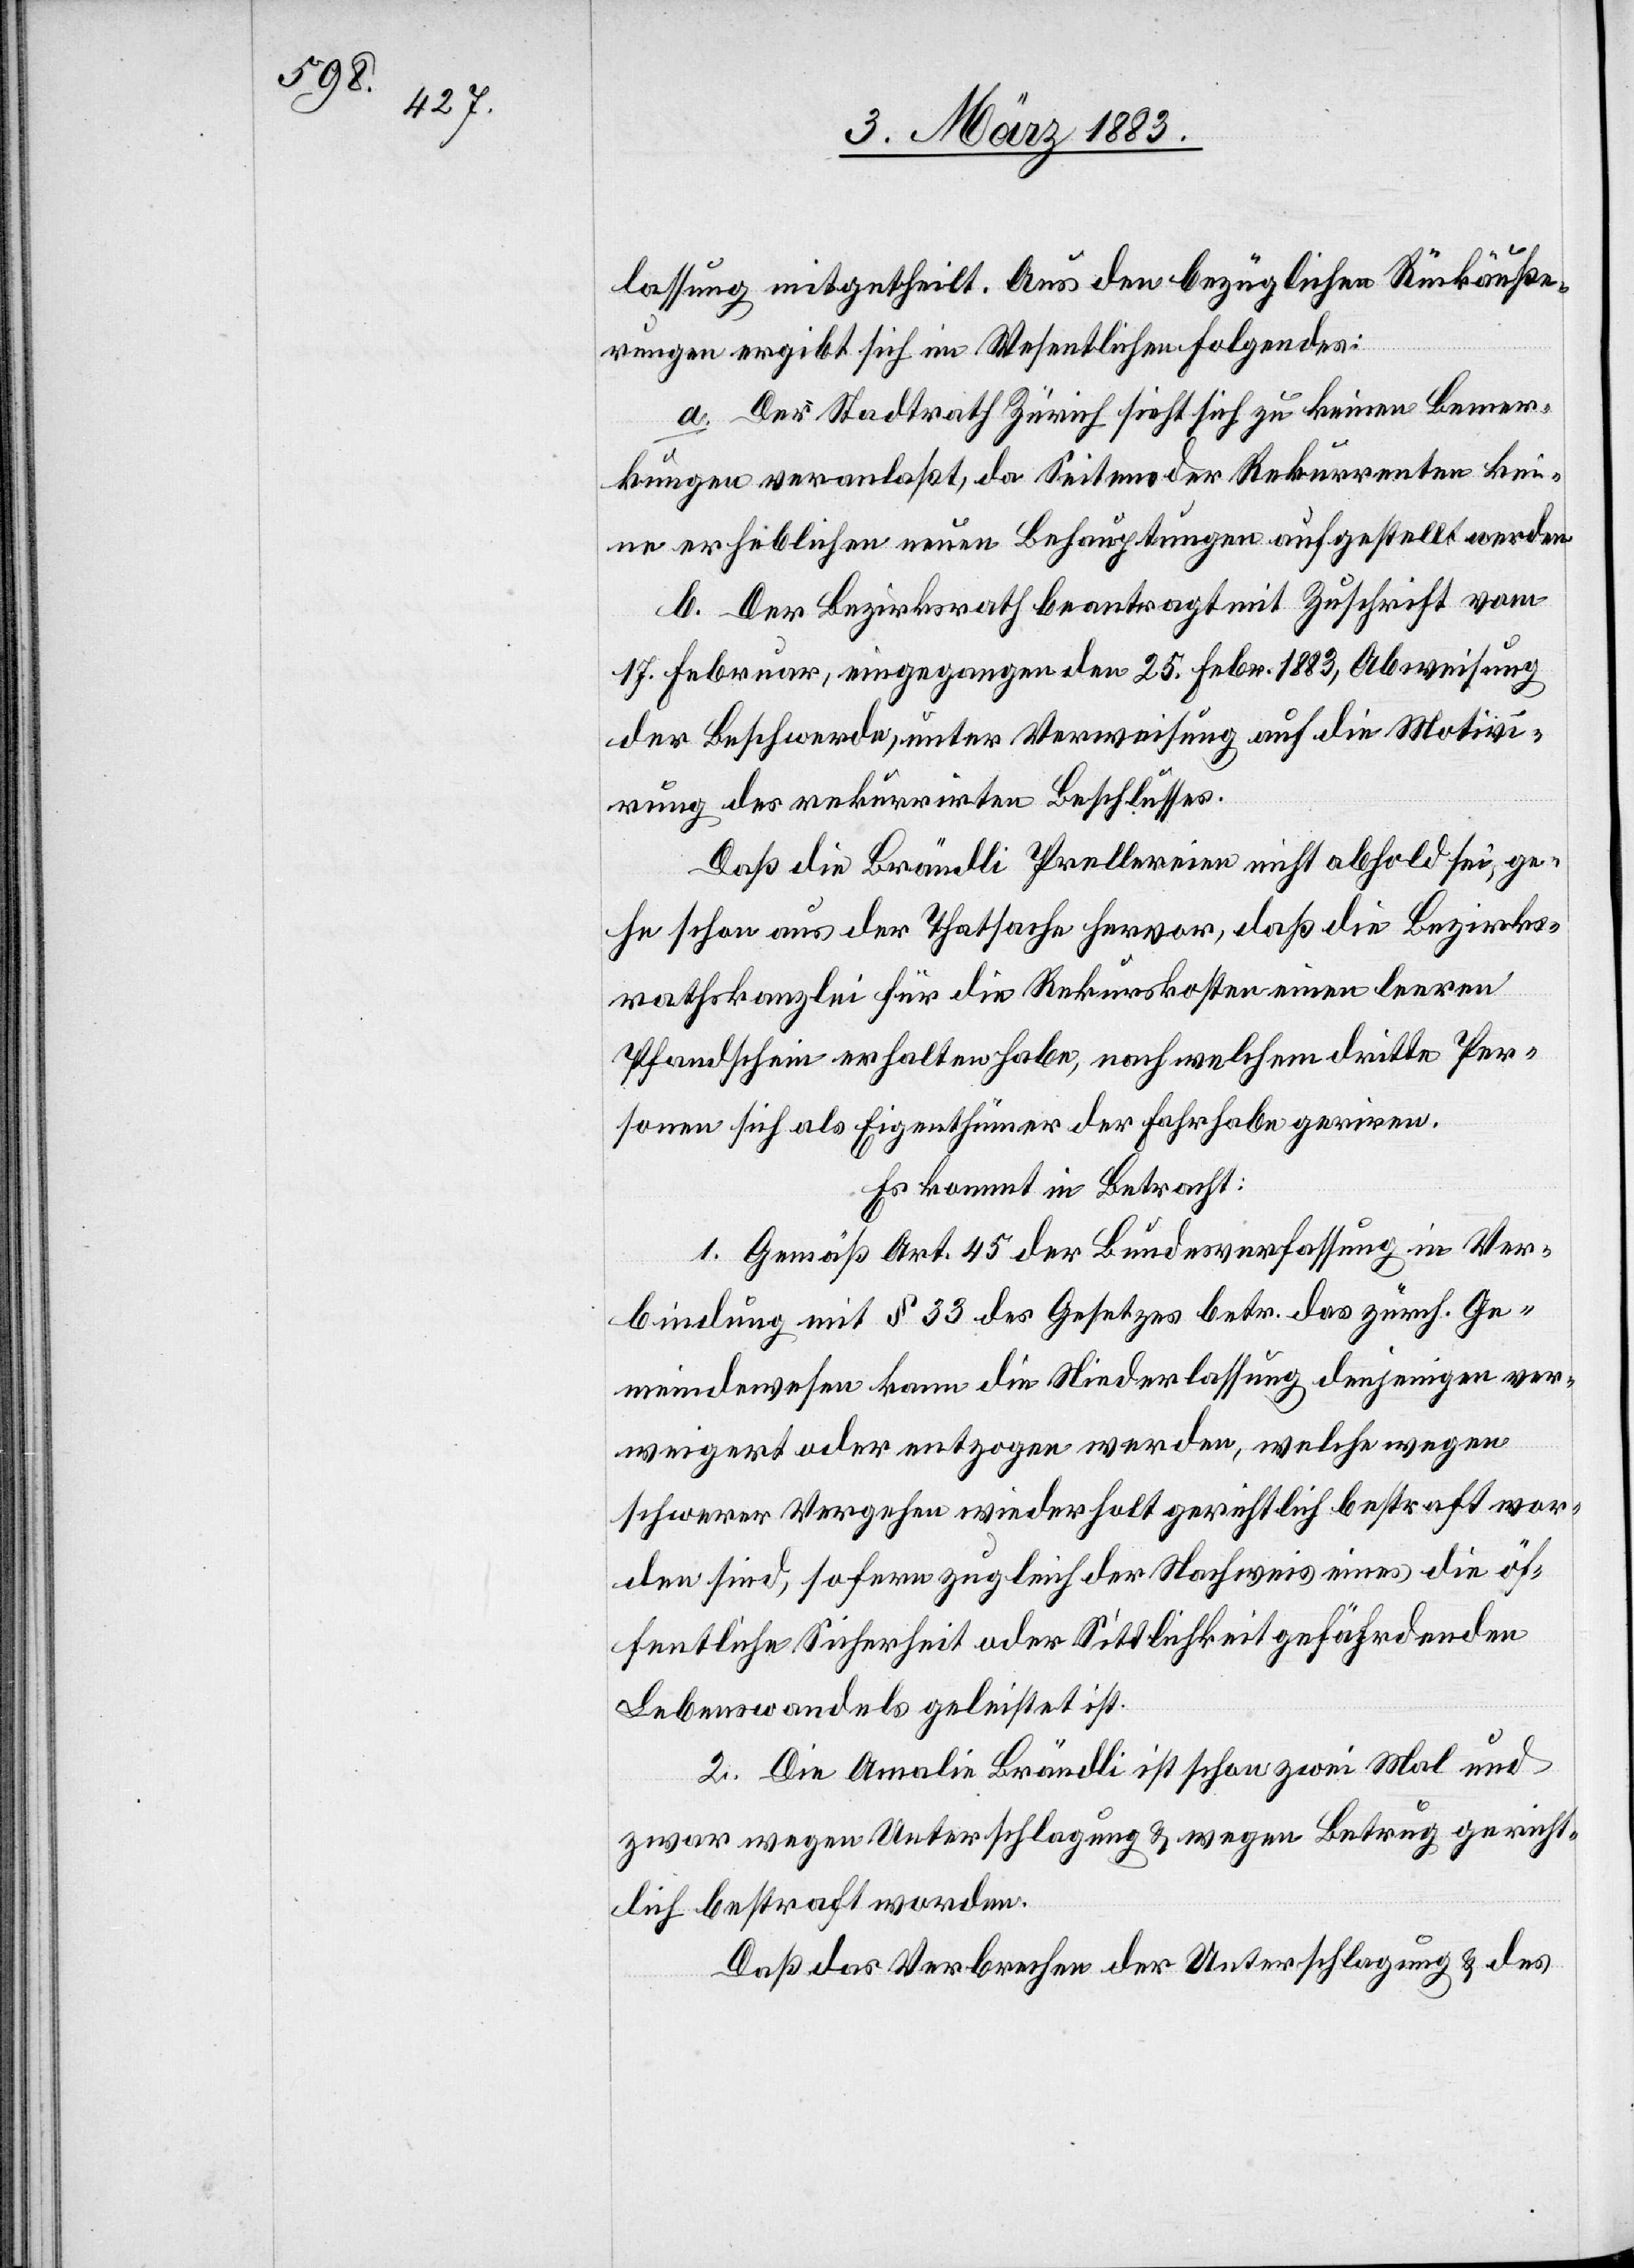
lassung mitgetheilt. Aus den bezüglichen Rückäuße¬
rungen ergibt sich im Wesentlichen Folgendes:
a. Der Stadtrath Zürich sieht sich zu keinen Bemer¬
kungen veranlaßt, da Seitens der Rekurrenten kei¬
ne erheblichen neuen Behauptungen aufgestellt werden.
b. Der Bezirksrath beantragt mit Zuschrift vom
17. Februar, eingegangen den 25. Febr. 1883, Abweisung
der Beschwerde, unter Verweisung auf die Motivi¬
rung des rekurrirten Beschlusses.
Daß die Brändli Prellereien nicht abhold sei, ge¬
he schon aus der Thatsache hervor, daß die Bezirks¬
rathskanzlei für die Rekurskosten einen leeren
Pfandschein erhalten habe, nach welchem dritte Per¬
sonen sich als Eigenthümer der Fahrhabe geriren
Es kommt in Betracht:
1. Gemäß Art. 45 der Bundesverfassung in Ver¬
bindung mit § 33 des Gesetzes betr. das zürch. Ge¬
meindewesen kann die Niederlassung denjenigen ver¬
weigert oder entzogen werden, welche wegen
schwerer Vergehen wiederholt gerichtlich bestraft wor¬
den sind, sofern zugleich der Nachweis eines die öf¬
fentliche Sicherheit oder Sittlichkeit gefährdenden
Lebenswandels geleistet ist.
2. Die Amalie Brändli ist schon zwei Mal und
zwar wegen Unterschlagung & wegen Betrug gericht¬
lich bestraft worden.
Daß das Verbrechen der Unterschlagung & des